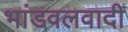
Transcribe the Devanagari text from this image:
भांडवलवादी